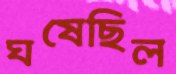
ঘষেছিল